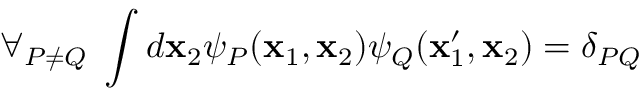
\forall _ { P \neq Q } \; \int d \mathbf { x } _ { 2 } \psi _ { P } ( \mathbf { x } _ { 1 } , \mathbf { x } _ { 2 } ) \psi _ { Q } ( \mathbf { x } _ { 1 } ^ { \prime } , \mathbf { x } _ { 2 } ) = \delta _ { P Q }